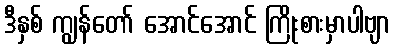
ဒီနှစ် ကျွန်တော် အောင်အောင် ကြိုးစားမှာပါဗျာ